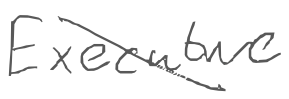
Text: Executive
Cross-out: diagonal
Writing tool: digital_gray